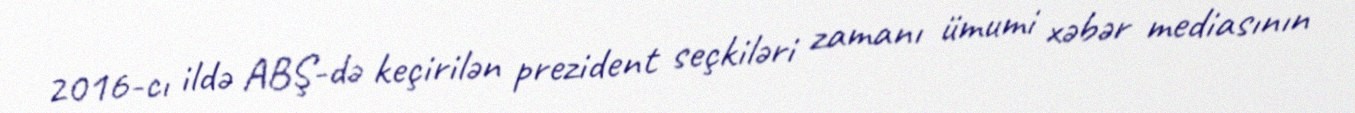
2016-cı ildə ABŞ-də keçirilən prezident seçkiləri zamanı ümumi xəbər mediasının